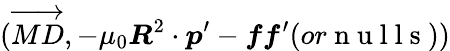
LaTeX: (\overrightarrow{MD},-\mu_{0}\boldsymbol{R}^{2}\cdot\boldsymbol{p}^{\prime}-\boldsymbol{ff}^{\prime}(or\mathrm{~n~u~l~l~s~}))